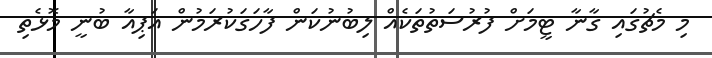
މި މެޗުގައި ގާނާ ޓީމަށް ފުރުސަތުތަކެއް ލިބުނުކަން ފާހަގަކުރަމުން އަޕިއާ ބުނީ މޮޅެތި